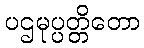
ပဌမုပ္ပတ္တိတော